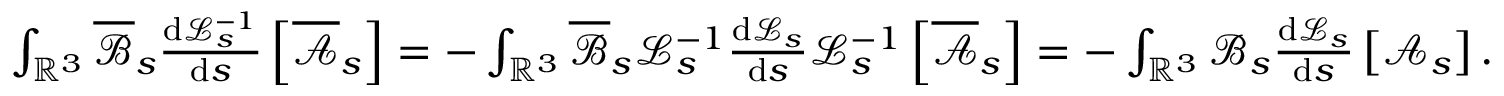
\begin{array} { r } { \int _ { \mathbb { R } ^ { 3 } } \overline { \mathscr { B } } _ { s } \frac { \mathrm { d } \mathcal { L } _ { s } ^ { - 1 } } { \mathrm { d } s } \left[ \overline { { \mathscr { A } } } _ { s } \right] = - \int _ { \mathbb { R } ^ { 3 } } \overline { \mathscr { B } } _ { s } \mathcal { L } _ { s } ^ { - 1 } \frac { \mathrm { d } \mathcal { L } _ { s } } { \mathrm { d } s } \mathcal { L } _ { s } ^ { - 1 } \left[ \overline { { \mathscr { A } } } _ { s } \right] = - \int _ { \mathbb { R } ^ { 3 } } \mathscr { B } _ { s } \frac { \mathrm { d } \mathcal { L } _ { s } } { \mathrm { d } s } \left[ \mathscr { A } _ { s } \right] . } \end{array}